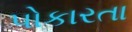
પોકારતા